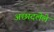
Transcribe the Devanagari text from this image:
अछादलेले